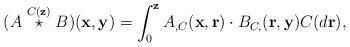
LaTeX: \begin{align*}(A\stackrel{C(\mathbf{z})}{\star}B)(\mathbf{x},\mathbf{y}) = \int_{0}^{\mathbf{z}} A_{,C}(\mathbf{x},\mathbf{r})\cdot B_{C,}(\mathbf{r},\mathbf{y})C(d\mathbf{r}),\end{align*}